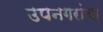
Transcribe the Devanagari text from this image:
उपनगरांचा